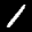
Label: 1